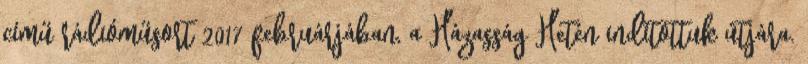
című rádióműsort 2017 februárjában, a Házasság Hetén indítottuk útjára.